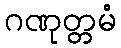
ဂဏုတ္တမံ